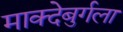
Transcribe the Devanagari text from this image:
माक्देबुर्गला